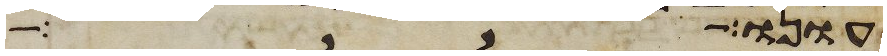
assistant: עונו